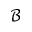
\mathcal { B }